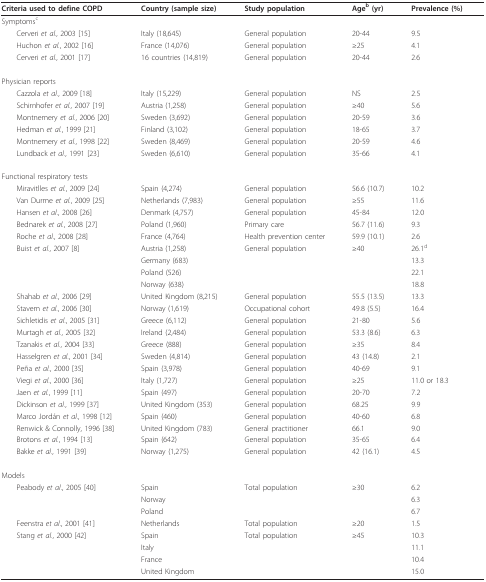
<table><thead><tr><td><b>Criteria used to define COPD</b></td><td><b>Country (sample size)</b></td><td><b>Study population</b></td><td><b>Age<sup>b </sup>(yr)</b></td><td><b>Prevalence (%)</b></td></tr></thead><tbody><tr><td>Symptoms<sup>c</sup></td><td></td><td></td><td></td><td></td></tr><tr><td> Cerveri <i>et al.</i>, 2003 [15]</td><td>Italy (18,645)</td><td>General population</td><td>20-44</td><td>9.5</td></tr><tr><td> Huchon <i>et al.</i>, 2002 [16]</td><td>France (14,076)</td><td>General population</td><td>≥25</td><td>4.1</td></tr><tr><td> Cerveri <i>et al.</i>, 2001 [17]</td><td>16 countries (14,819)</td><td>General population</td><td>20-44</td><td>2.6</td></tr><tr><td>Physician reports</td><td></td><td></td><td></td><td></td></tr><tr><td> Cazzola <i>et al.</i>, 2009 [18]</td><td>Italy (15,229)</td><td>General population</td><td>NS</td><td>2.5</td></tr><tr><td> Schirnhofer <i>et al.</i>, 2007 [19]</td><td>Austria (1,258)</td><td>General population</td><td>≥40</td><td>5.6</td></tr><tr><td> Montnemery <i>et al.</i>, 2006 [20]</td><td>Sweden (3,692)</td><td>General population</td><td>20-59</td><td>3.6</td></tr><tr><td> Hedman <i>et al.</i>, 1999 [21]</td><td>Finland (3,102)</td><td>General population</td><td>18-65</td><td>3.7</td></tr><tr><td> Montnemery <i>et al.</i>, 1998 [22]</td><td>Sweden (8,469)</td><td>General population</td><td>20-59</td><td>4.6</td></tr><tr><td> Lundback <i>et al.</i>, 1991 [23]</td><td>Sweden (6,610)</td><td>General population</td><td>35-66</td><td>4.1</td></tr><tr><td>Functional respiratory tests</td><td></td><td></td><td></td><td></td></tr><tr><td> Miravitlles <i>et al.</i>, 2009 [24]</td><td>Spain (4,274)</td><td>General population</td><td>56.6 (10.7)</td><td>10.2</td></tr><tr><td> Van Durme <i>et al.</i>, 2009 [25]</td><td>Netherlands (7,983)</td><td>General population</td><td>≥55</td><td>11.6</td></tr><tr><td> Hansen <i>et al.</i>, 2008 [26]</td><td>Denmark (4,757)</td><td>General population</td><td>45-84</td><td>12.0</td></tr><tr><td> Bednarek <i>et al.</i>, 2008 [27]</td><td>Poland (1,960)</td><td>Primary care</td><td>56.7 (11.6)</td><td>9.3</td></tr><tr><td> Roche <i>et al.</i>, 2008 [28]</td><td>France (4,764)</td><td>Health prevention center</td><td>59.9 (10.1)</td><td>2.6</td></tr><tr><td> Buist <i>et al.</i>, 2007 [8]</td><td>Austria (1,258)</td><td>General population</td><td>≥40</td><td>26.1<sup>d</sup></td></tr><tr><td></td><td>Germany (683)</td><td></td><td></td><td>13.3</td></tr><tr><td></td><td>Poland (526)</td><td></td><td></td><td>22.1</td></tr><tr><td></td><td>Norway (638)</td><td></td><td></td><td>18.8</td></tr><tr><td> Shahab <i>et al.</i>, 2006 [29]</td><td>United Kingdom (8,215)</td><td>General population</td><td>55.5 (13.5)</td><td>13.3</td></tr><tr><td> Stavem <i>et al.</i>, 2006 [30]</td><td>Norway (1,619)</td><td>Occupational cohort</td><td>49.8 (5.5)</td><td>16.4</td></tr><tr><td> Sichletidis <i>et al.</i>, 2005 [31]</td><td>Greece (6,112)</td><td>General population</td><td>21-80</td><td>5.6</td></tr><tr><td> Murtagh <i>et al.</i>, 2005 [32]</td><td>Ireland (2,484)</td><td>General population</td><td>53.3 (8.6)</td><td>6.3</td></tr><tr><td> Tzanakis <i>et al.</i>, 2004 [33]</td><td>Greece (888)</td><td>General population</td><td>≥35</td><td>8.4</td></tr><tr><td> Hasselgren <i>et al.</i>, 2001 [34]</td><td>Sweden (4,814)</td><td>General population</td><td>43 (14.8)</td><td>2.1</td></tr><tr><td> Peña <i>et al.</i>, 2000 [35]</td><td>Spain (3,978)</td><td>General population</td><td>40-69</td><td>9.1</td></tr><tr><td> Viegi <i>et al.</i>, 2000 [36]</td><td>Italy (1,727)</td><td>General population</td><td>≥25</td><td>11.0 or 18.3</td></tr><tr><td> Jaen <i>et al.</i>, 1999 [11]</td><td>Spain (497)</td><td>General population</td><td>20-70</td><td>7.2</td></tr><tr><td> Dickinson <i>et al.</i>, 1999 [37]</td><td>United Kingdom (353)</td><td>General population</td><td>68.25</td><td>9.9</td></tr><tr><td> Marco Jordán <i>et al.</i>, 1998 [12]</td><td>Spain (460)</td><td>General population</td><td>40-60</td><td>6.8</td></tr><tr><td> Renwick &amp; Connolly, 1996 [38]</td><td>United Kingdom (783)</td><td>General practitioner</td><td>66.1</td><td>9.0</td></tr><tr><td> Brotons <i>et al.</i>, 1994 [13]</td><td>Spain (642)</td><td>General population</td><td>35-65</td><td>6.4</td></tr><tr><td> Bakke <i>et al.</i>, 1991 [39]</td><td>Norway (1,275)</td><td>General population</td><td>42 (16.1)</td><td>4.5</td></tr><tr><td>Models</td><td></td><td></td><td></td><td></td></tr><tr><td> Peabody <i>et al.</i>, 2005 [40]</td><td>Spain</td><td>Total population</td><td>≥30</td><td>6.2</td></tr><tr><td></td><td>Norway</td><td></td><td></td><td>6.3</td></tr><tr><td></td><td>Poland</td><td></td><td></td><td>6.7</td></tr><tr><td> Feenstra <i>et al.</i>, 2001 [41]</td><td>Netherlands</td><td>Total population</td><td>≥20</td><td>1.5</td></tr><tr><td> Stang <i>et al.</i>, 2000 [42]</td><td>Spain</td><td>Total population</td><td>≥45</td><td>10.3</td></tr><tr><td></td><td>Italy</td><td></td><td></td><td>11.1</td></tr><tr><td></td><td>France</td><td></td><td></td><td>10.4</td></tr><tr><td></td><td>United Kingdom</td><td></td><td></td><td>15.0</td></tr></tbody></table>